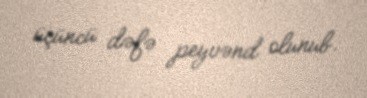
üçüncü dəfə peyvənd olunub.